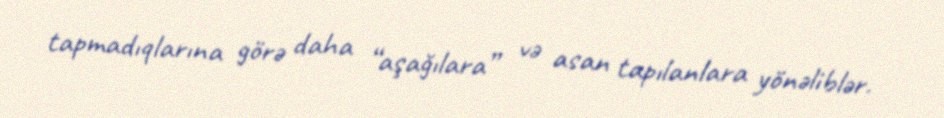
tapmadıqlarına görə daha “aşağılara” və asan tapılanlara yönəliblər.